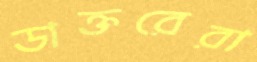
ডাক্তরেরা